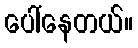
ပေါ်နေတယ်။